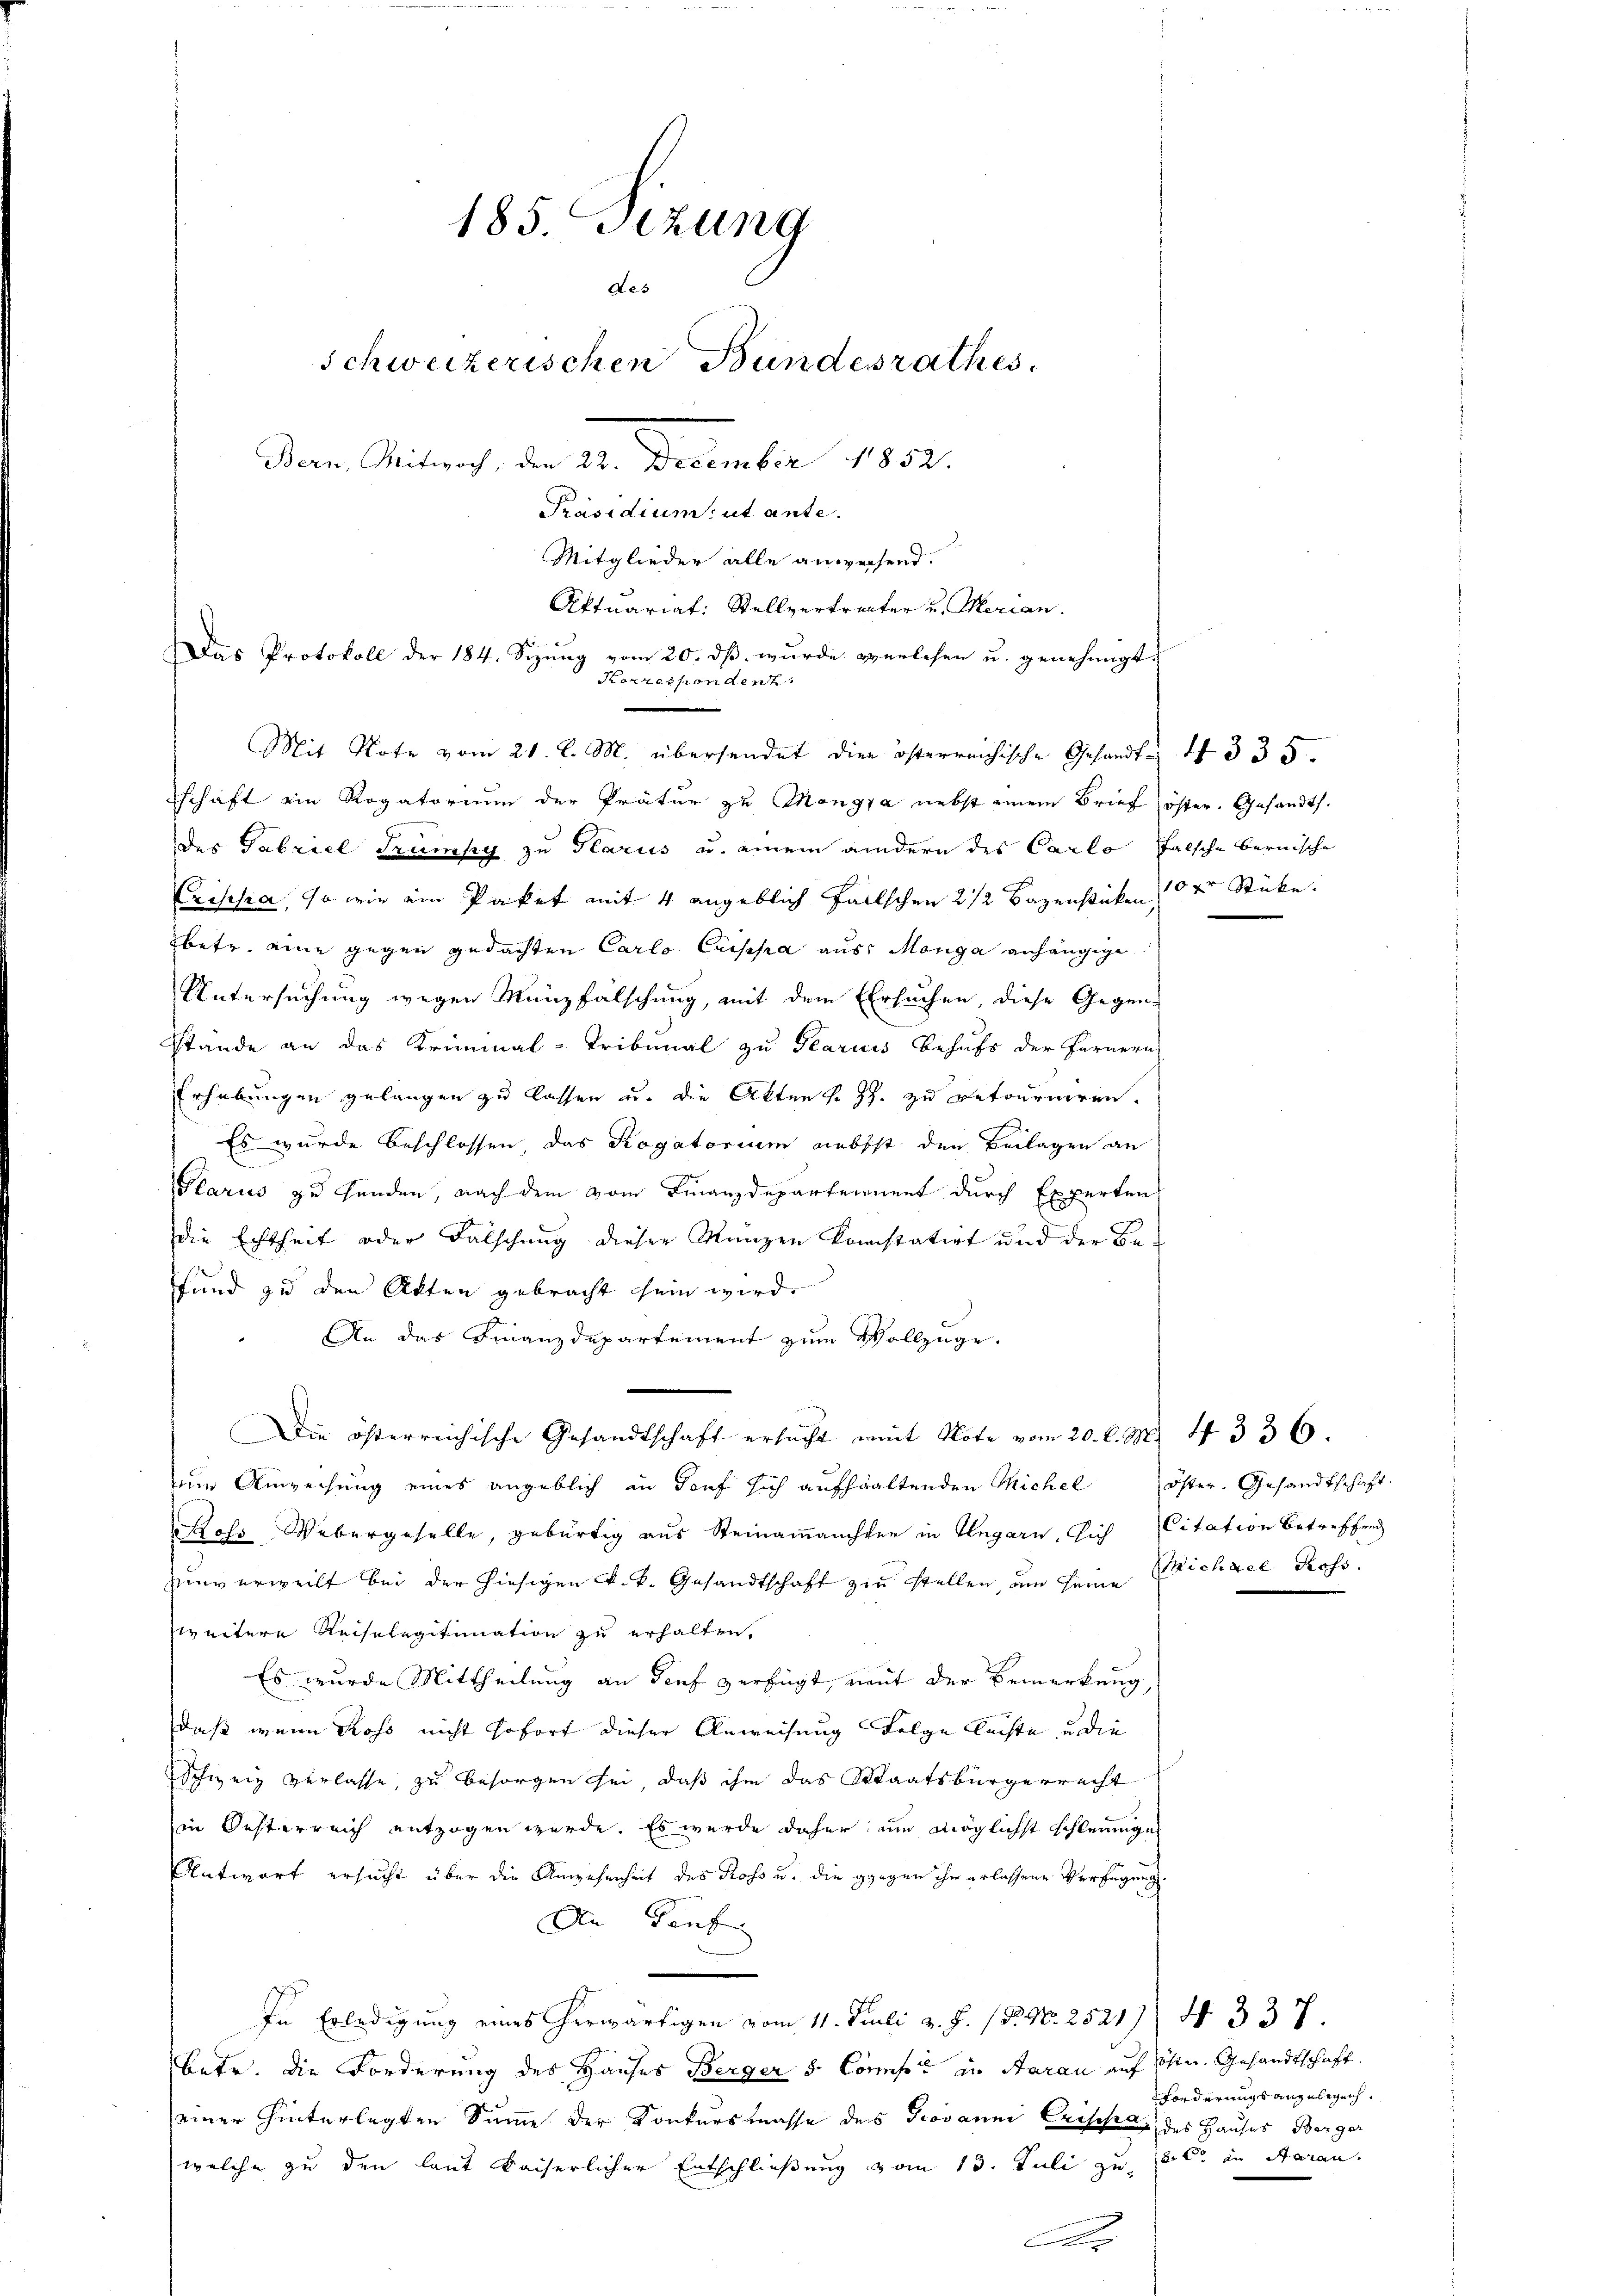
185. Setzung
de.
Schweizerischen Bundesrathes.
Bern, Mitwoch, den 24. December 1852.
Präsidium ut ante.

Aftuariat: Stellvertracter und Marian.
Mit Note vom 21. l. M. übersendet die österreichische Gesandt I 335.
schaft ein Rogatorium der Prätur zu Mongia nebst einem Brief öster. Gesandts.
des Gabriel Trunky zu Glarus u. einem andern des Carlo falsche bernische
Crisesia, so wir ein Paket mit 4 angeblich fallschen 2 1/2 Bazenstücken der Stücke.
betr. eine gegen gedachten Carlo Cuissa aus Morge anhängige
Untersuchung wegen Münzfälschung, mit dem Ehrsuchen, diese Gegen-
stände an das Kriminal-Tribunal zu Tearisis behufs der Fernern
Erhebungen gelangen zu lassen u. die Akten s. Z. zu retourniren.
Es wurde beschlossen, das Rogatorium nebst den Beilagen an
Glarus zu Handen, nach dem vom Finanzdepartennent durch Experten
Die Echtheit oder Falschung dieser Manzen konstatirt und der Befand zu den Akten gebracht sein wird.
 An das Finanzdepartement zum Vollzüge.
Die österreichische Gesandtschaft ersucht mit Note vom 20. d. M. 4336.
m Anweisung eines angeblich in dorf sich aufhaltenden Michel
oss Webergeselle, gebürtig aus Steinamanister in Ungarn, sich Citation betreffend
unverweilt bei der hiesigen k. k. Gesandtschaft zu stellen, um seine (ichael Ross
weitere Reiselegitimation zu erhalten.
Es wurde Mittheilung an Senf verfügt, mit der Bemerkung,
daß wenn Ross nicht sofort dieser Anweisung Folge lachte, u. die
Schweiz verlasse, zu besorgen sei, daß ihm das Staatsbürgerrecht
in Oesterreich entzogen wurde. Es wurde daher, um möglichst schleunigen
Antwort ersucht über die Anwesenheit des Ross u. die gegen ihn erlassene Verfügung
An Teuf
In Erledigung eines herwärtigen vom 11. Juli v. J. 18. No. 2521), 4 337.
Betr. die Forderung des Hauses Berger 5 Confer in Aarau auf solte. Gesandtschaft
einer hinterlegten Summe der Konkurstrasse des Giovanni Crische des Hauses Berger
welche zu den laut Kaiserlicher Entschließung vom 13. Juli zu 1 l. in Aaran.
Ar

Mitglieder alle anweisend.
Das Protokoll der 184. Sizŭng vom 20. dβ wurde verlesen u. genehmigt:
Korrespondent

öster. Gesandtschaft.

Forderungs angelegenh